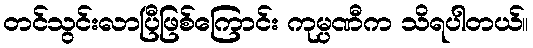
တင်သွင်းလာပြီဖြစ်ကြောင်း ကုမ္ပဏီက သိရပါတယ်။